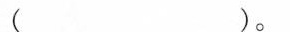
()。